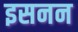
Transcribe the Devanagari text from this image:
इसनन